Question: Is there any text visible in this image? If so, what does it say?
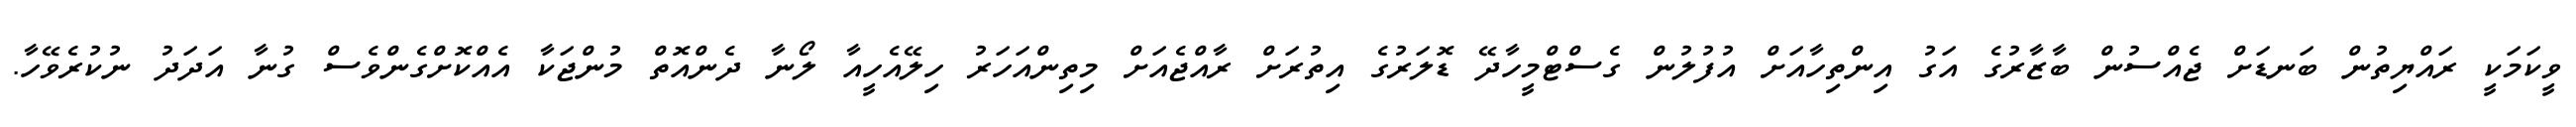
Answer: ވީކަމަކީ ރައްޔިތުން ބަނޑަށް ޖެއްސުން ބާޒާރުގެ އަގު އިންތިހާއަށް އުފުލުން ގެސްޓްމީހާދޭ ޑޮލަރުގެ އިތުރަށް ރާއްޖެއަށް މިތިންއަހަރު ހިލޭއެހީއާ ލޯނާ ދެންއޮތް މުންޖަކާ އެއްކޮށްގެންވެސް ގުނާ އަދަދު ނުކުރެވޭހާ.